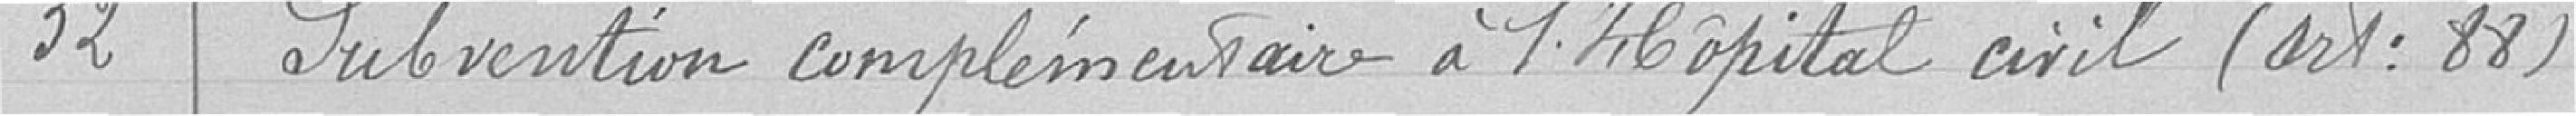
52 Subvention complémentaire à l'Hôpital civil (art : 88)